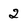
Character: 2